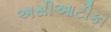
અસીઆટીકા